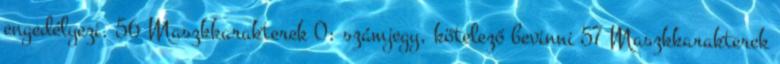
engedélyezi. 56 Maszkkarakterek 0: számjegy, kötelező bevinni 57 Maszkkarakterek